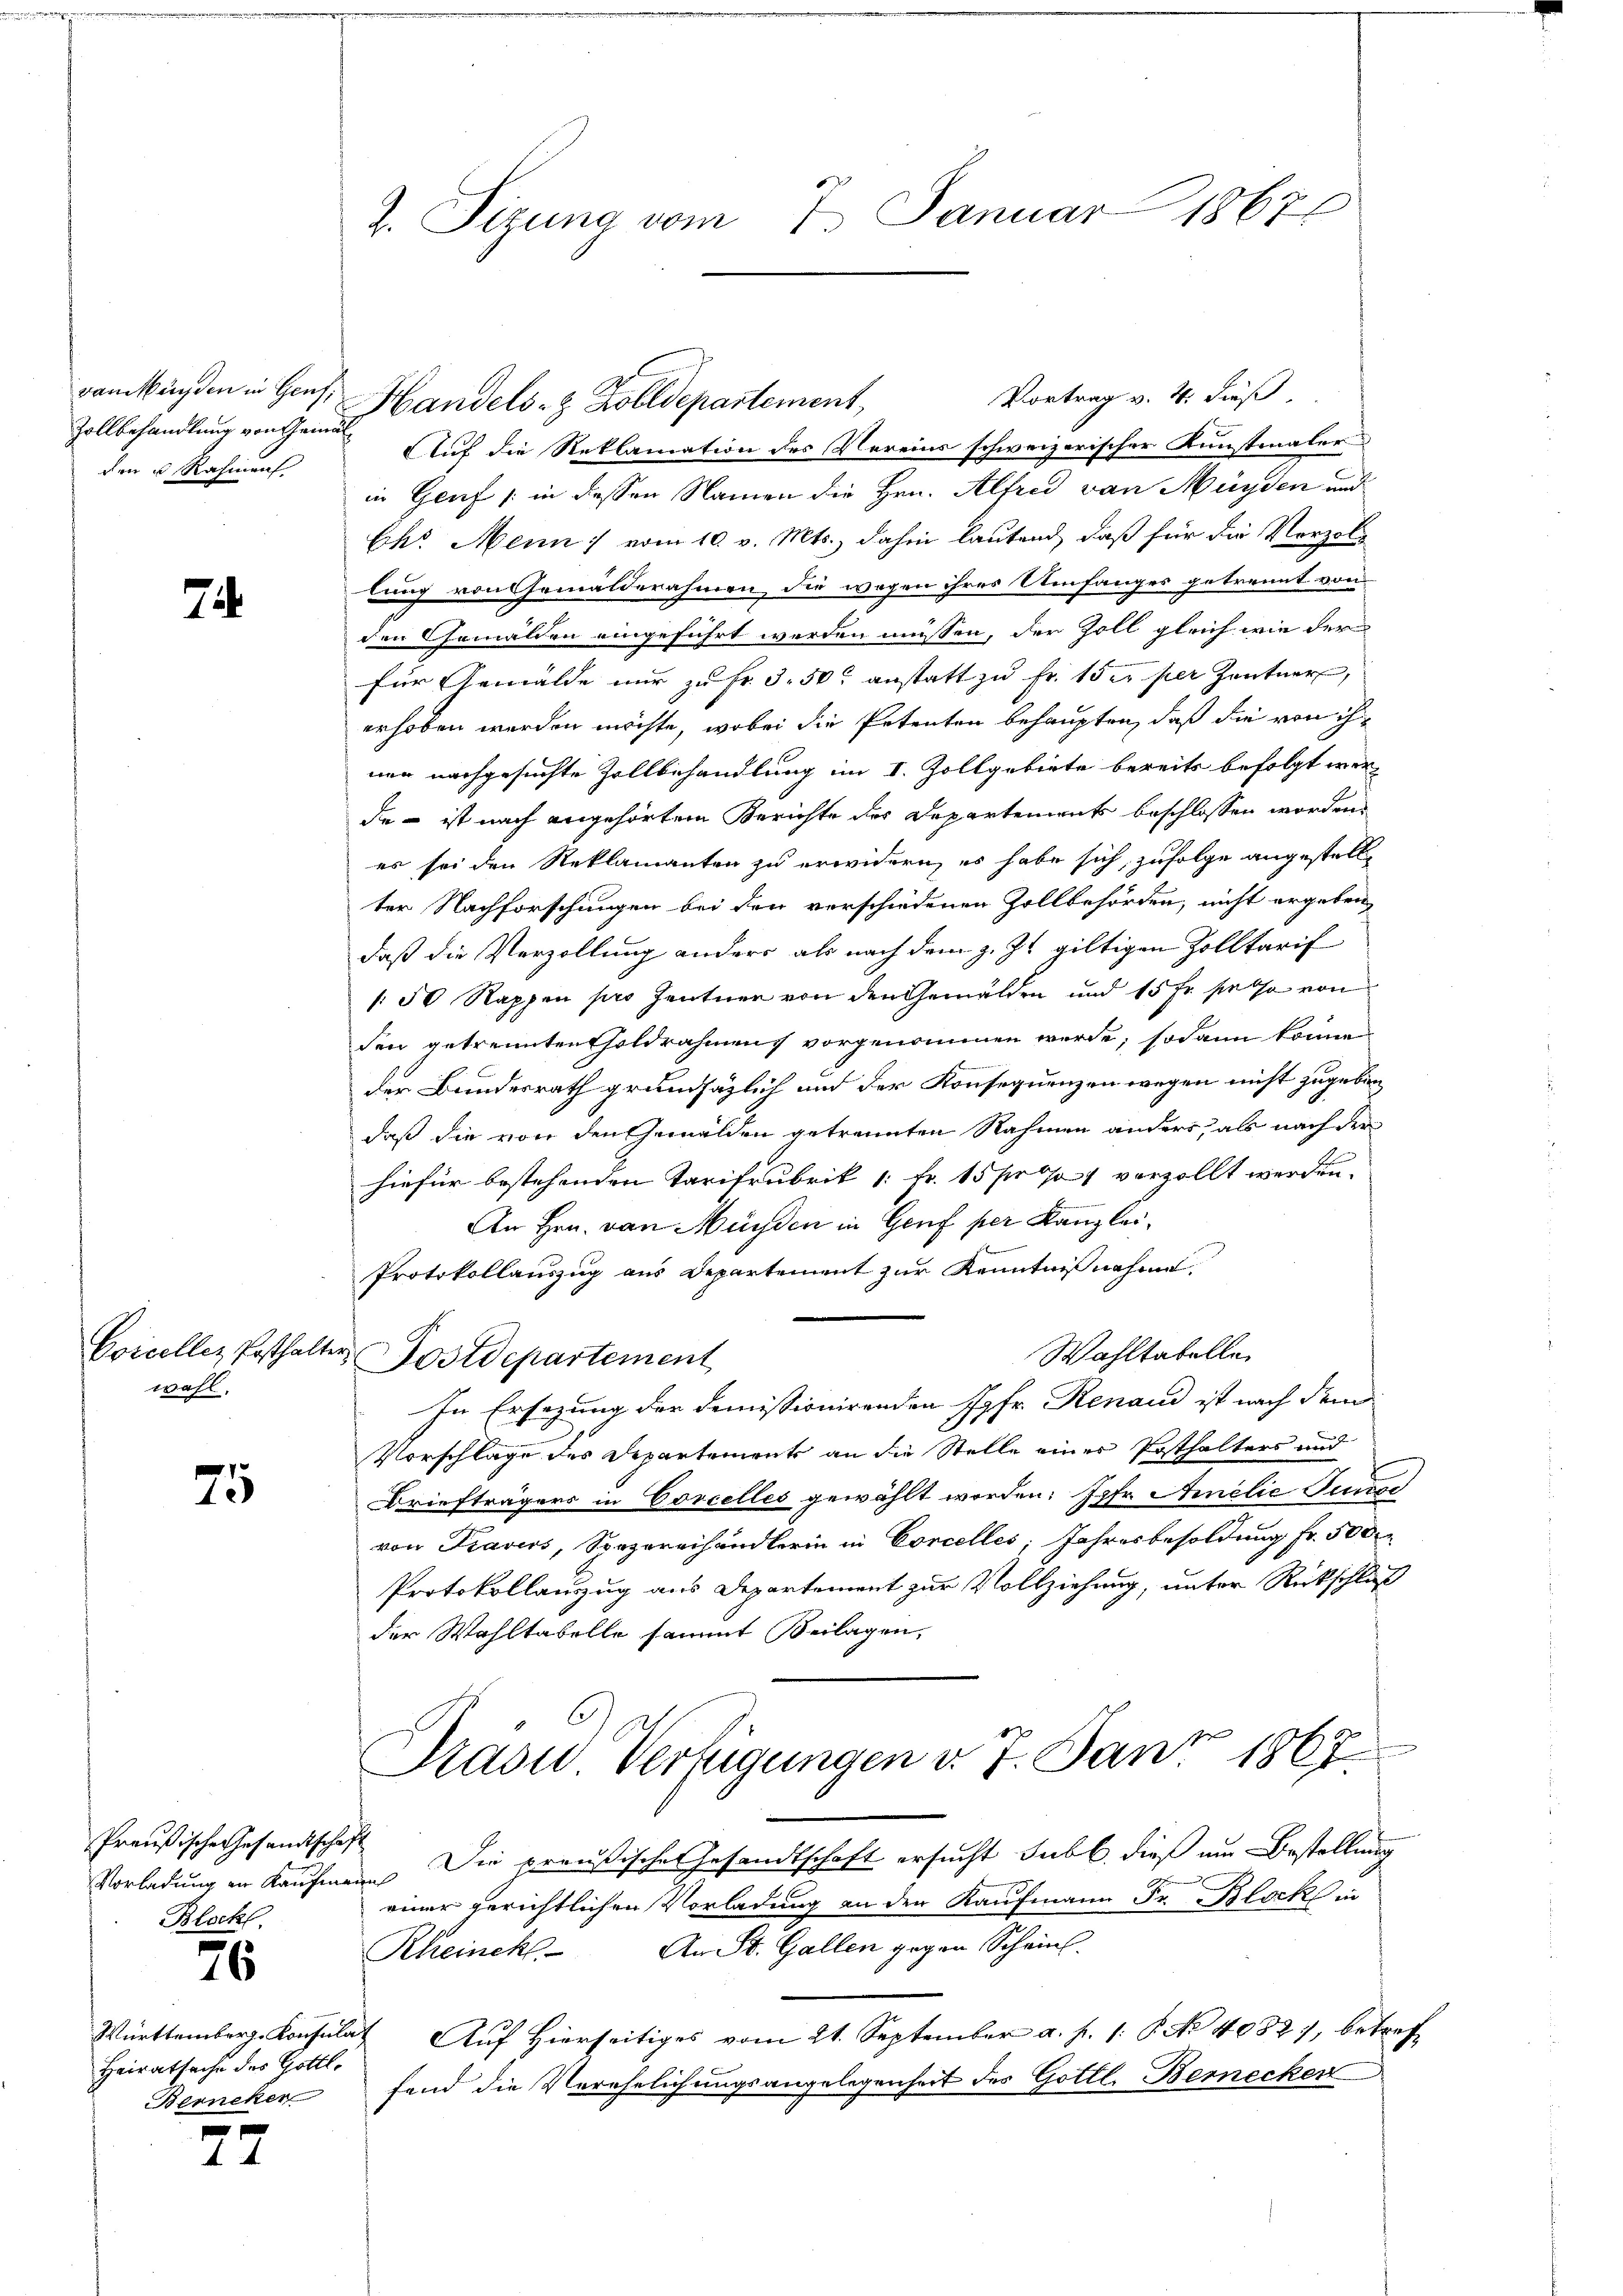
Bamkunden in Genf
Zollbehandlung von Gemälden u. Rahmen

72

Coicellez Posthalte
wahl.

25

Preußische Gesandtschaft
Vorladung in Kaufma
Blockt.

76

Heiratsache des Gottl.
Berneker

.
d

n
1

2. Sizung vom 7. Januar 1867

Vortrag v. 4. dieß
Handels- & Zolldepartement,
Auf die Reklamation des Vereins schweizerischer Kunstmaler
in Genf (: in dessen Namen die Hrn. Alfred von Münden und
Ek. Mann vom 10. v. Mts., dahin lautend, daß für die Verzollung von Gemälderahmen, die wegen ihres Umfanges getrennt von
den Gemälden eingeführt werden müssen, der Zoll gleich wie der
für Gemälde nur zu fr. 3. 50. anstatt zu Fr. 15 er per Zentner,
erhoben werden möchte, wobei die Petenten behaupten, daß die von ihner nachgesuchte Zollbehandlung im I. Zollgebiete bereits befolgt werde – ist nach angehörtem Berichte des Departements beschlossen worden
es sei den Reklamanten zu erwidern, es habe sich, zufolge angestellt
ter Nachforschungen bei den verschiedenen Zollbehörden, nicht ergeben,
daß die Verzollung anders als nach dem z. Zt. giltigen Zolltarif
/50 Rappen pro Zentner von den Gemälden und 15 Fr. passa von
den getrennten holdrahmens vorgenommen werde; sodann könne
der Bundesrath grundsäzlich und der Konsequenzen wegen nicht zugeben
daß die von den Gemälden getrennten Nahmen anders, als nach der
hiefür bestehenden Tarifrubrik 1: Fr. 15 pro 1 vorzollt werden.
An Hrn. von Münden in Genf per Kanzlei¬
Protokollauszug aus Departement zur Kenntnißnahme.
Wahltabelle
Fostdepartement
In Ersezung der demissionirenden Jgfr. Renaud ist nach dem
Vorschläge des Departemente an die Stelle eines Posthalters und
Briefträgers in Coscelles gewählt worden: Jgfr. Annelić Fcurse
von Fravirs, Spezereihändlerin in Corcelles, Jahresbesoldung Fr. 500
Protokollanzug aus Departement zur Vollziehung, unter Rückschluß
der Wahltabelle sammt Beilagen,
Prasus Verfügungen v. 7. Jant 1867
um Die preußische Gesandtschaft ersucht subl. dieß am Bestellung
einer gerichtlichen Vorladung an der Kaufmann Fr. Block in
An St. Gallen gegen Schein
Rheinckl
Württemberg. Konsulat Auf Hierseitiges vom 21. September a. p. 1. P. No 4082), betreffend die Verehelichungsangelegenheit des Gottl. Berecker